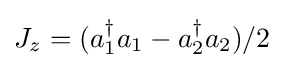
J_{z}=(a_{1}^{\dagger }a_{1}-a_{2}^{\dagger }a_{2})/2